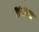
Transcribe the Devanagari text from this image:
४५२३